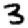
Digit: 3